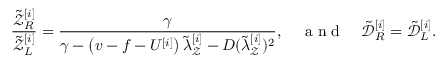
\frac { \tilde { \mathcal { Z } } _ { R } ^ { [ i ] } } { \tilde { \mathcal { Z } } _ { L } ^ { [ i ] } } = \frac { \gamma } { \gamma - \left( v - f - U ^ { [ i ] } \right) \tilde { \lambda } _ { \mathcal { Z } } ^ { [ i ] } - D ( \tilde { \lambda } _ { \mathcal { Z } } ^ { [ i ] } ) ^ { 2 } } , \quad \mathrm { ~ a ~ n ~ d ~ } \quad \tilde { \mathcal { D } } _ { R } ^ { [ i ] } = \tilde { \mathcal { D } } _ { L } ^ { [ i ] } .